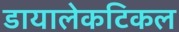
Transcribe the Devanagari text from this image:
डायालेकटिकल